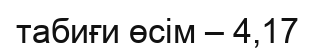
табиғи өсім – 4,17